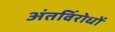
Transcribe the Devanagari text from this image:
अंतविंरोधों